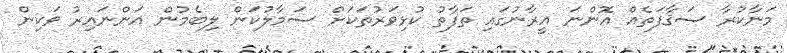
މަނާކުރާ ސަޤާފަތެއް އޮންނަ އީރާނުގައި ތަފާތު ކުޅިވަރުތަކަށް ސަމާލުކަން ލިބެމުން އަންނައިރު ވަކިން